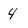
Character: 4